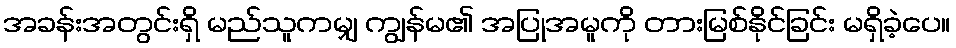
အခန်းအတွင်းရှိ မည်သူကမျှ ကျွန်မ၏ အပြုအမူကို တားမြစ်နိုင်ခြင်း မရှိခဲ့ပေ။